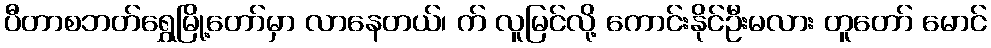
ပီတာစဘတ်ရွှေမြို့တော်မှာ လာနေတယ်၊ က် လူမြင်လို့ ကောင်းနိုင်ဦးမလား တူတော် မောင်